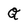
Character: Q